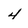
Character: 4